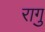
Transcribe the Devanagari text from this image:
रागु